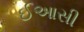
ઈઆસી